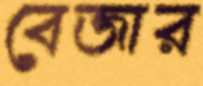
বেজার